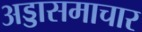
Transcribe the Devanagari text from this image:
अड्डासमाचार